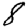
Digit: 8